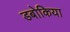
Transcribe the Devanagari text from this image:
डबोकिया